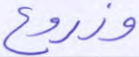
وزروع